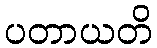
ပတာယတိ